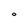
Character: O